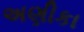
અણીકા